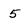
Character: 5